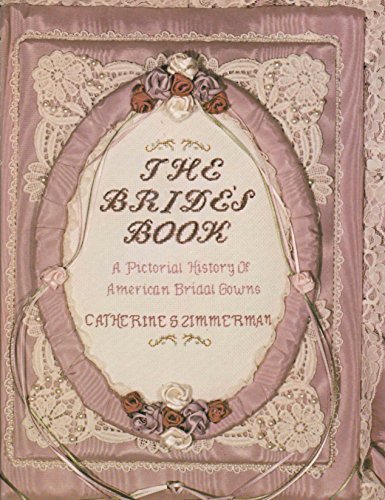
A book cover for The Bride's Book: A Pictorial History of American Bridal Dress; Catherine S. Zimmerman; Crafts, Hobbies & Home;